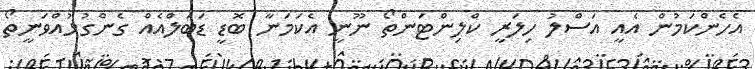
އެހެންކަމުން އެއީ އަސްލު ހިލަރީ ކްލިންޓަންތޯ ނޫނީ އެކަމަނާ ބޮޑީ ޑަބަލްއެއް ގެންގުޅުއްވަނީތޯ